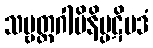
သဗ္ဗတ္ထဂါမိနိပ္ပဋိပဒံ